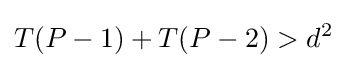
T(P-1)+T(P-2)>d^{2}